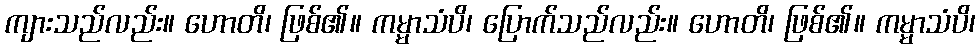
ကျားသည်လည်း။ ဟောတိ၊ ဖြစ်၏။ ကမ္မာသံပိ၊ ပြောက်သည်လည်း။ ဟောတိ၊ ဖြစ်၏။ ကမ္မာသံပိ၊